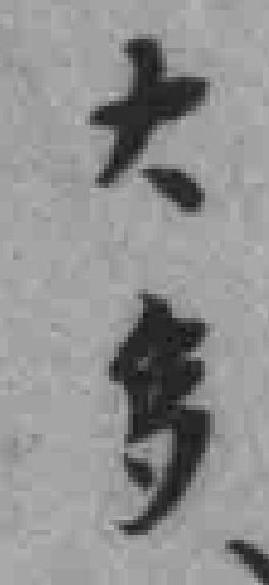
大多